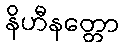
နိဟီနတ္တော